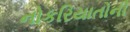
નોકરિયાતોની